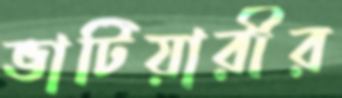
ভাটিয়ারীর